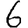
Digit: 6